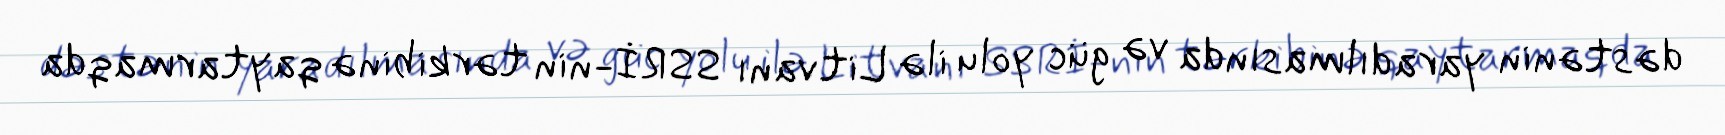
dəstənin yaradılmasında və güc yolu ilə Litvanı SSRİ-nin tərkibinə qaytarmaqda